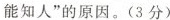
能知人”的原因。(3分)